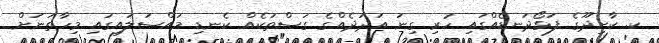
ކ. ކާށިދޫގެ ފަޅޯދަނޑެއްގައި ހުރި ގިނަ އަދަދެއްގެ ގަސްތަކެއް ކެނޑި މައްސަލައިގައި މިހާތަނަށް